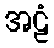
အဠံ